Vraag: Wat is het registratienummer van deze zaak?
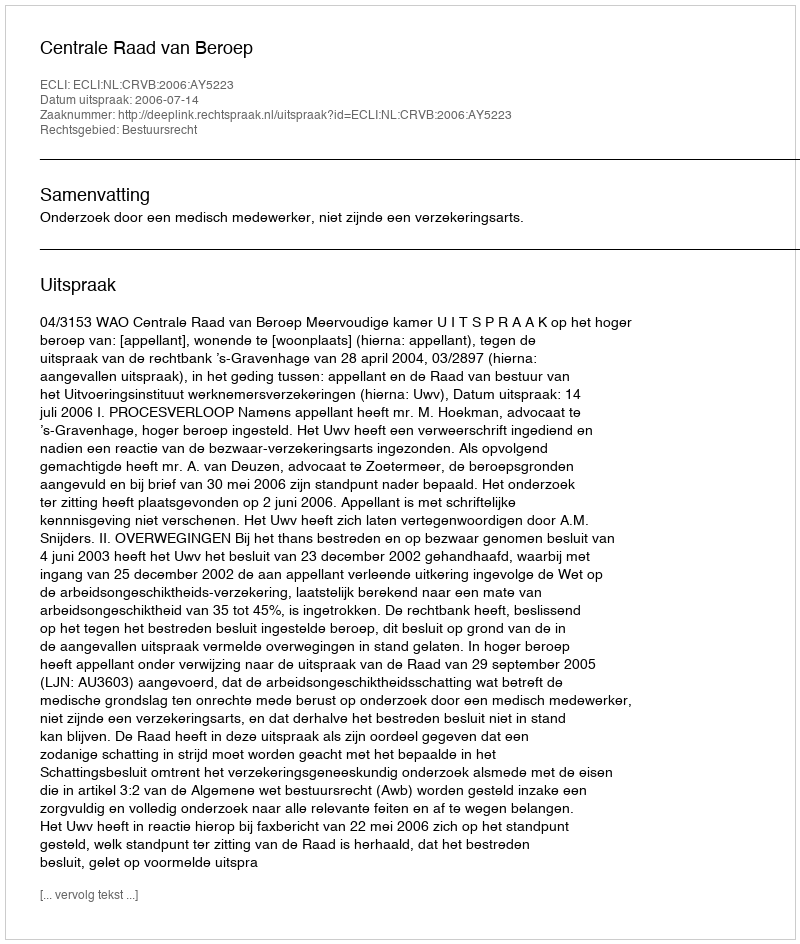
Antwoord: http://deeplink.rechtspraak.nl/uitspraak?id=ECLI:NL:CRVB:2006:AY5223